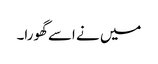
میں نے اسے گھورا۔